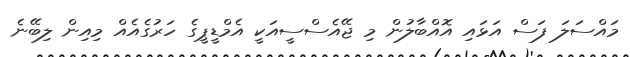
މައްސަލަ ފަސް އަޅައި އޮއްބާލުން މި ޖޭއެސްސީއަކީ އެމްޑީޕީގެ ހަރުގެއެއް މިއިން ލިބޭނެ